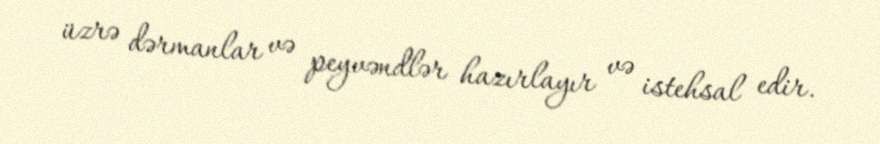
üzrə dərmanlar və peyvəndlər hazırlayır və istehsal edir.